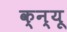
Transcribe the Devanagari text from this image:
क्न्यू